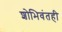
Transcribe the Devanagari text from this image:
शोभिवंतही